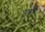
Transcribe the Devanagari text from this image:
पूजहि